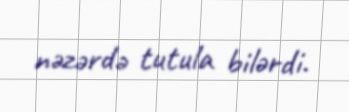
nəzərdə tutula bilərdi.